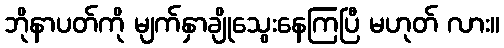
ဘိုနာပတ်ကို မျက်နှာချိုသွေးနေကြပြီ မဟုတ် လား။